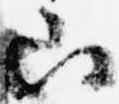
山